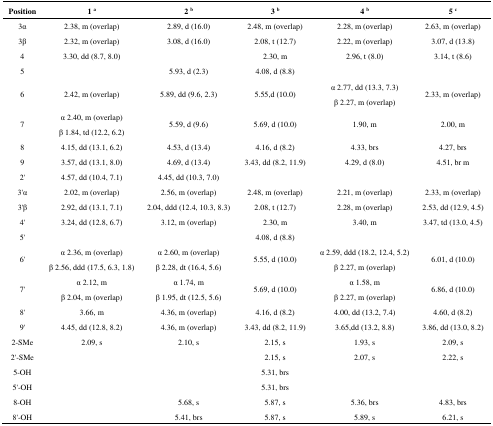
<table><thead><tr><td><b>Position</b></td><td><b>1 <sup>a</sup></b></td><td><b>2 <sup>b</sup></b></td><td><b>3 <sup>b</sup></b></td><td><b>4 <sup>b</sup></b></td><td><b>5 <sup>c</sup></b></td></tr></thead><tbody><tr><td>3α</td><td>2.38, m (overlap)</td><td>2.89, d (16.0)</td><td>2.48, m (overlap)</td><td>2.28, m (overlap)</td><td>2.63, m (overlap)</td></tr><tr><td>3β</td><td>2.32, m (overlap)</td><td>3.08, d (16.0)</td><td>2.08, t (12.7)</td><td>2.22, m (overlap)</td><td>3.07, d (13.8)</td></tr><tr><td>4</td><td>3.30, dd (8.7, 8.0)</td><td></td><td>2.30, m</td><td>2.96, t (8.0)</td><td>3.14, t (8.6)</td></tr><tr><td>5</td><td></td><td>5.93, d (2.3)</td><td>4.08, d (8.8)</td><td></td><td></td></tr><tr><td>6</td><td>2.42, m (overlap)</td><td>5.89, dd (9.6, 2.3)</td><td>5.55,d (10.0)</td><td>α 2.77, dd (13.3, 7.3) β 2.27, m (overlap)</td><td>2.33, m (overlap)</td></tr><tr><td>7</td><td>α 2.40, m (overlap) β 1.84, td (12.2, 6.2)</td><td>5.59, d (9.6)</td><td>5.69, d (10.0)</td><td>1.90, m</td><td>2.00, m</td></tr><tr><td>8</td><td>4.15, dd (13.1, 6.2)</td><td>4.53, d (13.4)</td><td>4.16, d (8.2)</td><td>4.33, brs</td><td>4.27, brs</td></tr><tr><td>9</td><td>3.57, dd (13.1, 8.0)</td><td>4.69, d (13.4)</td><td>3.43, dd (8.2, 11.9)</td><td>4.29, d (8.0)</td><td>4.51, br m</td></tr><tr><td>2&#x27;</td><td>4.57, dd (10.4, 7.1)</td><td>4.45, dd (10.3, 7.0)</td><td></td><td></td><td></td></tr><tr><td>3&#x27;α</td><td>2.02, m (overlap)</td><td>2.56, m (overlap)</td><td>2.48, m (overlap)</td><td>2.21, m (overlap)</td><td>2.33, m (overlap)</td></tr><tr><td>3&#x27;β</td><td>2.92, dd (13.1, 7.1)</td><td>2.04, ddd (12.4, 10.3, 8.3)</td><td>2.08, t (12.7)</td><td>2.28, m (overlap)</td><td>2.53, dd (12.9, 4.5)</td></tr><tr><td>4&#x27;</td><td>3.24, dd (12.8, 6.7)</td><td>3.12, m (overlap)</td><td>2.30, m</td><td>3.40, m</td><td>3.47, td (13.0, 4.5)</td></tr><tr><td>5&#x27;</td><td></td><td></td><td>4.08, d (8.8)</td><td></td><td></td></tr><tr><td>6&#x27;</td><td>α 2.36, m (overlap) β 2.56, ddd (17.5, 6.3, 1.8)</td><td>α 2.60, m (overlap) β 2.28, dt (16.4, 5.6)</td><td>5.55, d (10.0)</td><td>α 2.59, ddd (18.2, 12.4, 5.2) β 2.27, m (overlap)</td><td>6.01, d (10.0)</td></tr><tr><td>7&#x27;</td><td>α 2.12, m β 2.04, m (overlap)</td><td>α 1.74, m β 1.95, dt (12.5, 5.6)</td><td>5.69, d (10.0)</td><td>α 1.58, m β 2.27, m (overlap)</td><td>6.86, d (10.0)</td></tr><tr><td>8&#x27;</td><td>3.66, m</td><td>4.36, m (overlap)</td><td>4.16, d (8.2)</td><td>4.00, dd (13.2, 7.4)</td><td>4.60, d (8.2)</td></tr><tr><td>9&#x27;</td><td>4.45, dd (12.8, 8.2)</td><td>4.36, m (overlap)</td><td>3.43, dd (8.2, 11.9)</td><td>3.65,dd (13.2, 8.8)</td><td>3.86, dd (13.0, 8.2)</td></tr><tr><td>2-SMe</td><td>2.09, s</td><td>2.10, s</td><td>2.15, s</td><td>1.93, s</td><td>2.09, s</td></tr><tr><td>2&#x27;-SMe</td><td></td><td></td><td>2.15, s</td><td>2.07, s</td><td>2.22, s</td></tr><tr><td>5-OH</td><td></td><td></td><td>5.31, brs</td><td></td><td></td></tr><tr><td>5&#x27;-OH</td><td></td><td></td><td>5.31, brs</td><td></td><td></td></tr><tr><td>8-OH</td><td></td><td>5.68, s</td><td>5.87, s</td><td>5.36, brs</td><td>4.83, brs</td></tr><tr><td>8&#x27;-OH</td><td></td><td>5.41, brs</td><td>5.87, s</td><td>5.89, s</td><td>6.21, s</td></tr></tbody></table>